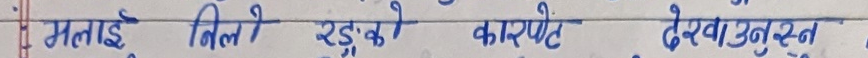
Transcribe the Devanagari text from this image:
मलाई निले रुड़को कार्पेट देखाउनुस।